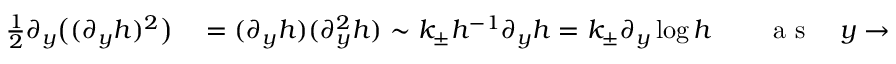
\begin{array} { r l r l } { \frac 1 2 \partial _ { y } \big ( ( \partial _ { y } h ) ^ { 2 } \big ) } & { { } = ( \partial _ { y } h ) ( \partial _ { y } ^ { 2 } h ) \sim k _ { \pm } h ^ { - 1 } \partial _ { y } h = k _ { \pm } \partial _ { y } \log h } & { } & { { } \mathrm { ~ a ~ s ~ } \quad y \to s _ { \pm } ( t ) ^ { \mp } , } \end{array}